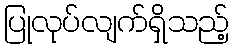
ပြုလုပ်လျက်ရှိသည့်